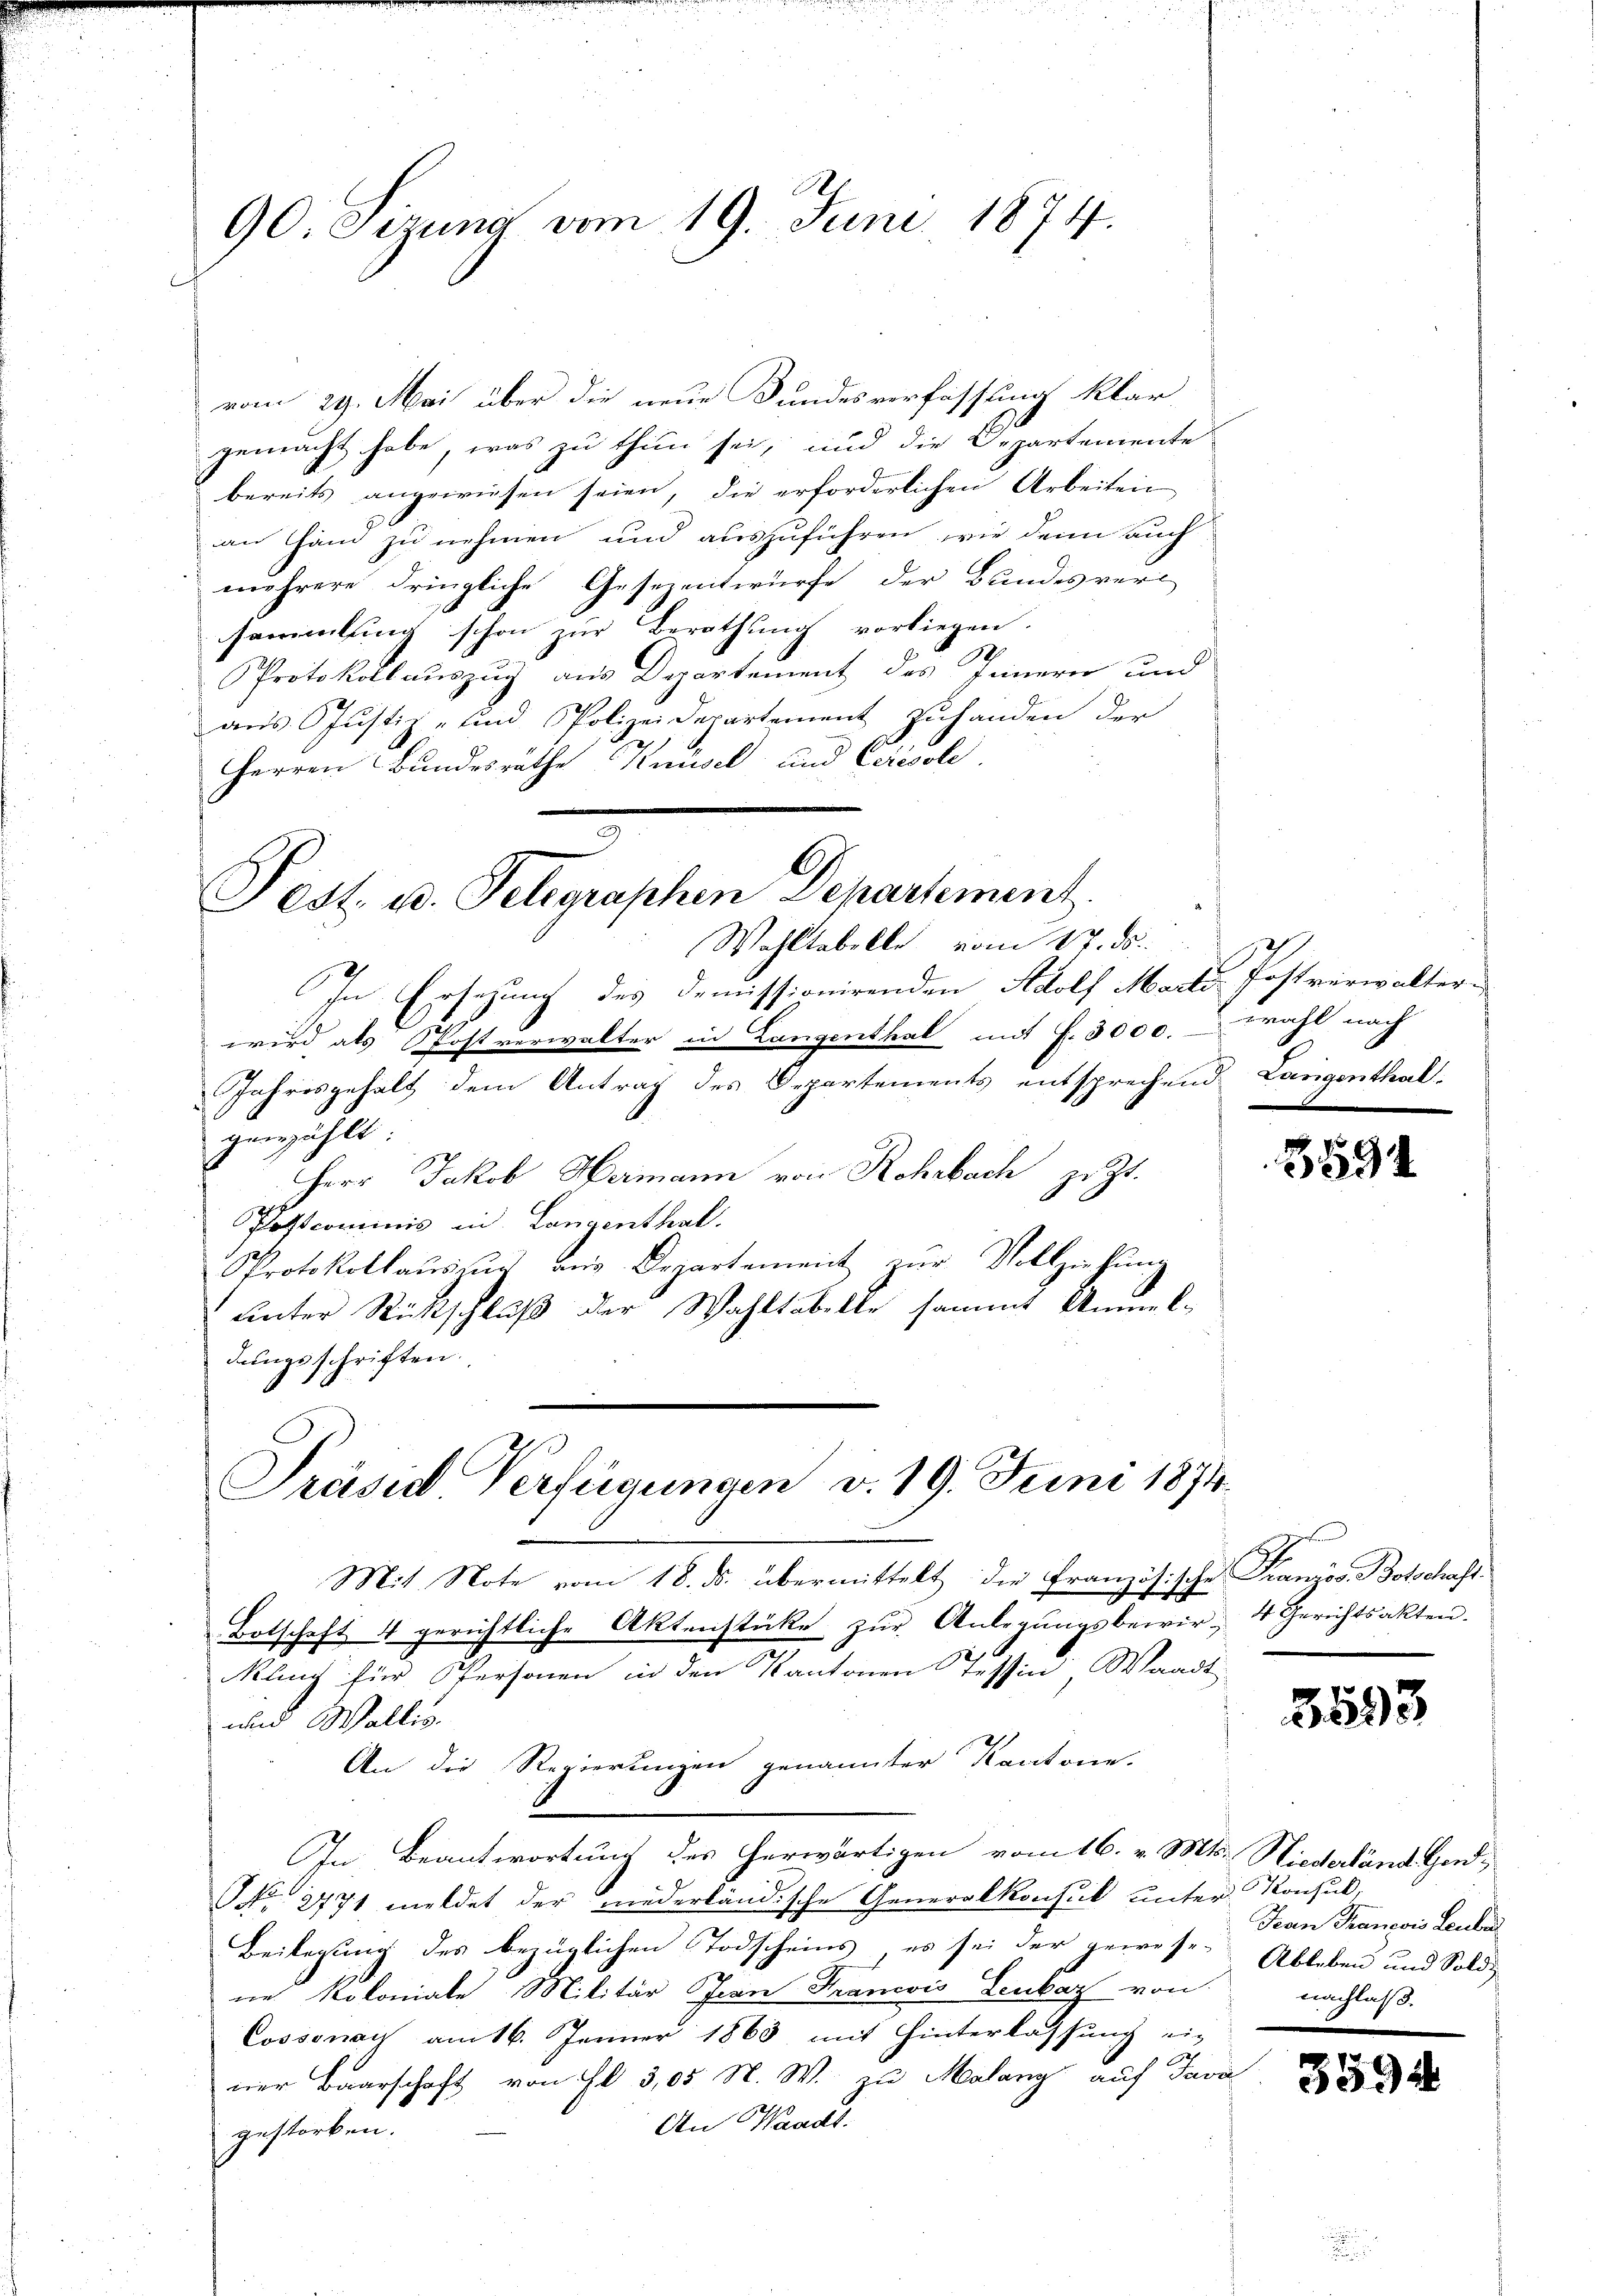
90. Sizung vom 19. Juni 1874.

vom 29. Mai über die neue Bundesverfassung klar
gemacht habe, was zu thun sei, und die Departemente
bereits angewiesen seien, die erforderlichen Arbeiten
ian Ham zu nehmen und auszuführen, wie denn auch
mehrere dringliche Gesezentwürfe der Bundesverl
sammlung schon zur Berathung vorliegen.
Protokollauszug aus Departement des Innern und
aus Justiz- und Polizeidepartement zuhanden der
Herren Bundesräthe Knüsel und Crisole

Pest u. Telegraschen Departement.
Wohltabelle vom 17. ds.

Präsid Verfügungen v. 19. Juni 1874.

In Ersezung des demissionirenden Adolf Marte Postverwalter-
wird als Postverwalter in Langenthal mit f. 3000. wahl nach
Jahresgehalt dem Antrag des Departements entsprechend. Langenthal-
gewählt
Herr Jakob Hermann von Rohrbach zu Zt.
Postcommis in Langenthal.
Protokollaŭs zŭr vns Departement zŭr Vollziehung
unter Rückschluß der Wahltabelle sammt Anmeldungsschriften.
71
Mit Note vom 18. ds. übermittelt die Französische Französ. Botschaft.
Botschaft 4 gerichtliche Aktenstüke zŭr Anlegŭngsbewir- 4 Gerichtsakten.
Mlng für Personen in den Kantonen Tessin Waadt
und Wallis.
An die Regierungen genannter Kantone.
In Beantwortung des herwärtigen vom 16. v. Mts. Niederländ Gard¬
NNo. 2771 meldet der niederländische Generalkonsul unter Konsul,
Beilegung des bezüglichen Todscheins, es sei der geweser Ableben und Sold
ne Koloniale Militär Jean Francois Lenbar von
Cossonach am 16. Jänner 1863 mit Hinterlassung ei-
ner Baarschaft von fl 3,05 N. W. zu Malang auf Java
An Waadt.
gestorben.

5591

3593

Jean François Leubi
nachlaß.

3594